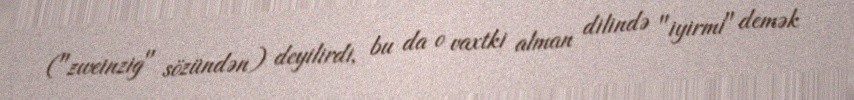
("zweinzig" sözündən) deyilirdi, bu da o vaxtki alman dilində "iyirmi" demək